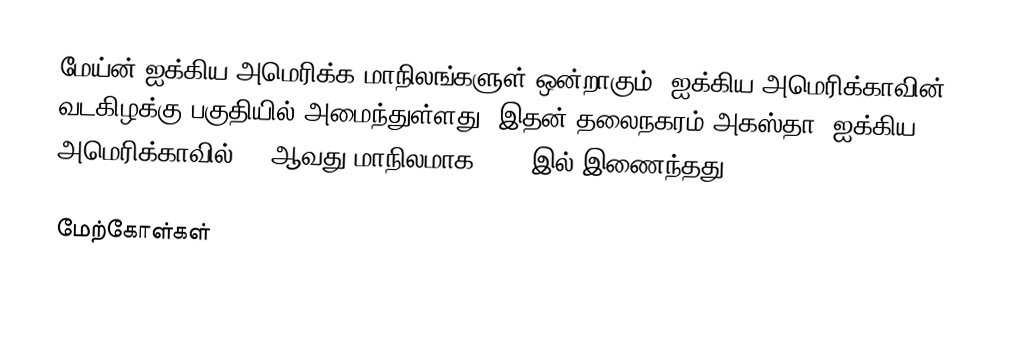
மேய்ன் ஐக்கிய அமெரிக்க மாநிலங்களுள் ஒன்றாகும். ஐக்கிய அமெரிக்காவின் வடகிழக்கு பகுதியில் அமைந்துள்ளது. இதன் தலைநகரம் அகஸ்தா. ஐக்கிய அமெரிக்காவில் 23 ஆவது மாநிலமாக 1820 இல் இணைந்தது,

மேற்கோள்கள்